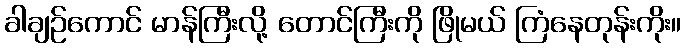
ခါချဉ်ကောင် မာန်ကြီးလို့ တောင်ကြီးကို ဖြိုမယ် ကြံနေတုန်းကိုး။